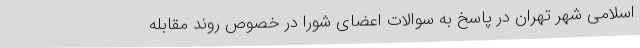
اسلامی شهر تهران در پاسخ به سوالات اعضای شورا در خصوص روند مقابله